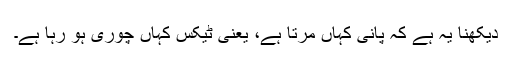
دیکھنا یہ ہے کہ پانی کہاں مرتا ہے، یعنی ٹیکس کہاں چوری ہو رہا ہے۔